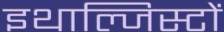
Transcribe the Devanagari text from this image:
इथाल्जिस्टों